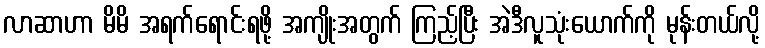
လာဆာဟာ မိမိ အရက်ရောင်းရဖို့ အကျိုးအတွက် ကြည့်ပြီး အဲဒီလူသုံးယောက်ကို မုန်းတယ်လို့